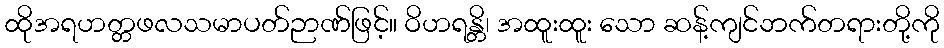
ထိုအရဟတ္တဖလသမာပတ်ဉာဏ်ဖြင့်။ ဝိဟရန္တိ၊ အထူးထူး သော ဆန့်ကျင်ဘက်တရားတို့ကို